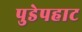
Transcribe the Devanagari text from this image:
पुडेपहाट